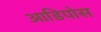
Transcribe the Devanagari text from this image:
आडिपोस